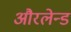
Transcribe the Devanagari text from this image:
औरलेन्ड